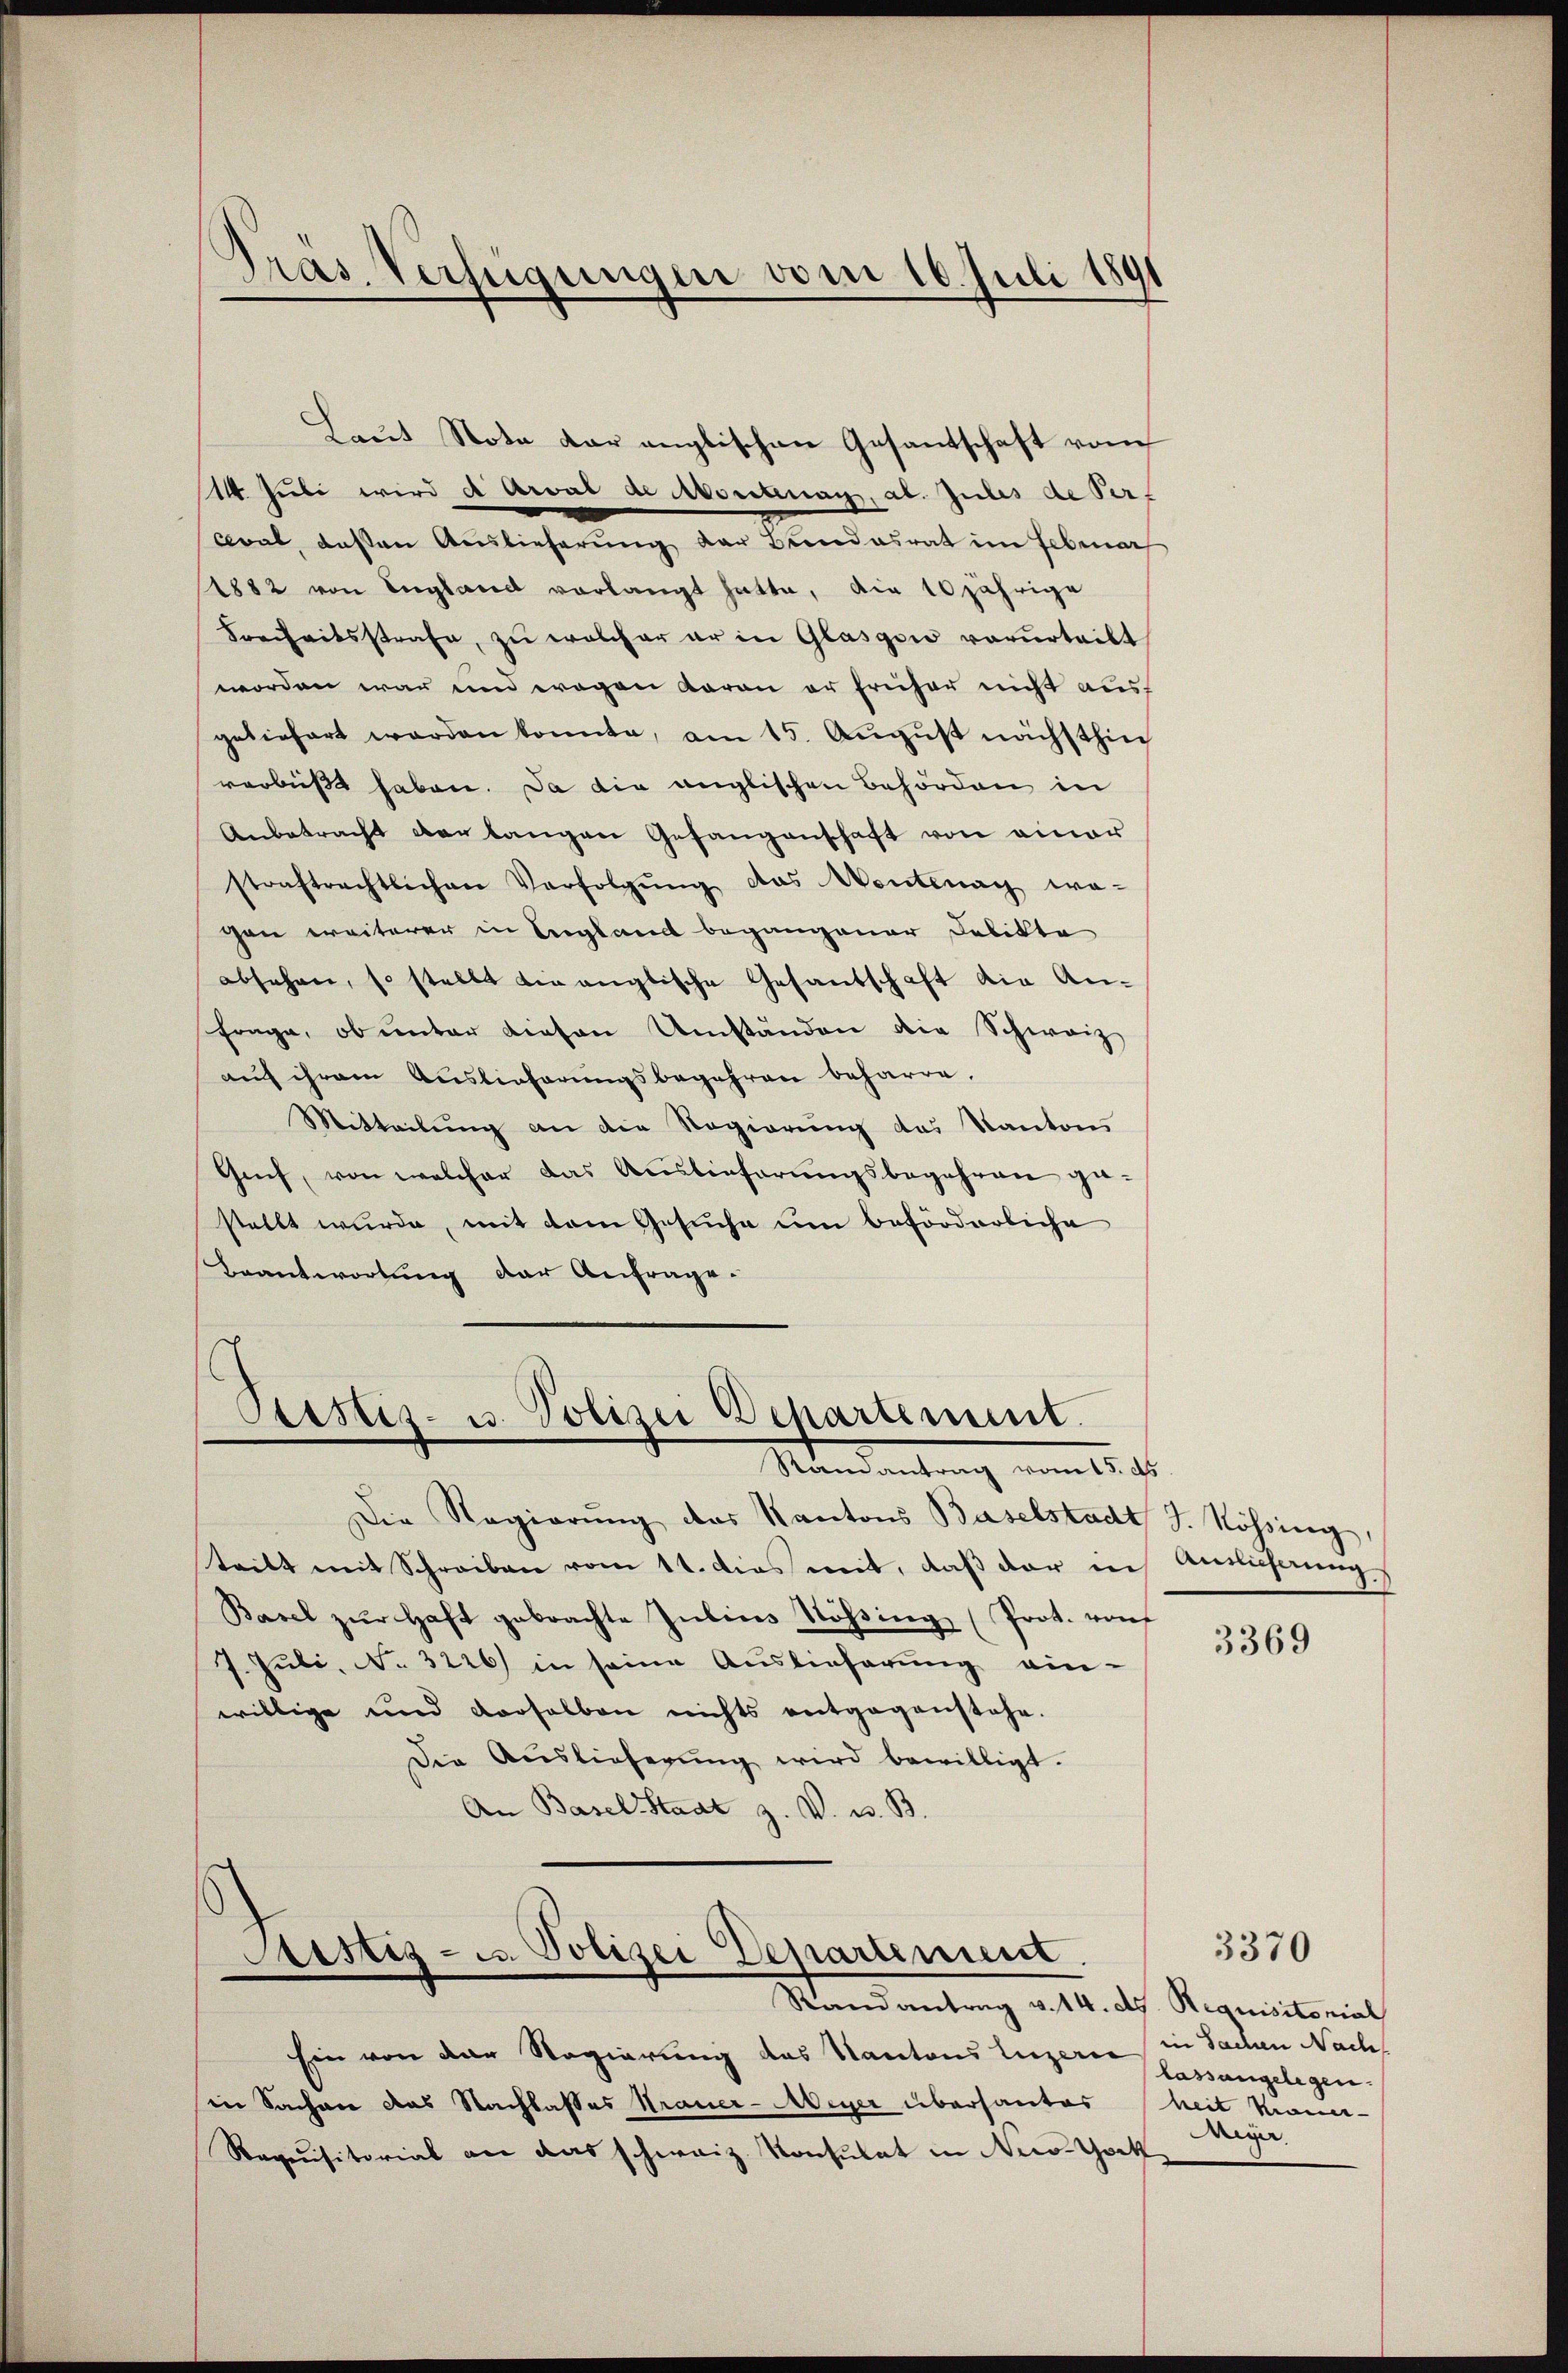
Pras. Verfügungen vom 10. Juli 1891

Laut Note dar anglischen Gesantschaft vom
14. Juli wird d Arval de Moritenay, al. Jules de Per¬
Cval, deßen Auslieferung der Bundesrat im Februar
1882 von England vorlangt hatte, die 10jährige
Freiheitsstrafe, zu welcher er in Glasgow verurteilt
worden war und wegen daran er früher nicht ausgeliefert werden konnte, am 15. August nächsthin
verbüßt haben. Da die anglischen Behörden in
Anbetracht der langen Gefangenschaft von einer
straftrechtlichen Verfolgŭng das Montag wa-
cen weiterer in England begangener Delikte
absehen, so stellt die anglische Gesantschaft die Anfrage, ob unter diesen Umständen die Schweiz
auf ihrem Auslieferungsbegehren beharre.
Mitteilŭng an die Regierŭng das Kanton
Genf, von welcher das Auslieferungsbegehren gestellt wurde, mit dem Gesuche um beförderliche
Beantwortung der Anfrage.
Peistes- u. Polizei Departement.
Stamantrag vom 15. ds.
Die Regierŭng des Kantons Baselstadt J. Nössing,
teilt mit Schreiben vom 11. dies mit, daß der in Amtlicherung
Basel zŭr Haft gebrachte Jubins Stössing (Prot. vorf
7. Juli, No. 3226) in seine Auslieferung einwillige und derselben nichts entgegenstehe.
Die Auslieferŭng wird bewilligt.
An Basel-Staat z. V. u. B.

Sistiz- u. Polizei Departement.
Randantrag v. 14. ds. Requisitonial

Ein von der Regierung das Kantons Luzern in Sachen Nach
in Sachen das Nachlasses Trauer-Meyer übersantes
Requisitorial an das schweiz. Konsulat in Nestorf

3369

3370

lassungelegen.
heit Krauer-
Mige.